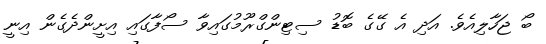
ބޯ ޖަހާލިއެވެ. އަދި އެ ގޭގެ ބޮޑު ސިޓިންގްރޫމުގައިވާ ސޯފާގައި އިށީންދެގެން އިނީ